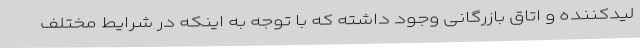
لیدکننده و اتاق بازرگانی وجود داشته که با توجه به اینکه در شرایط مختلف